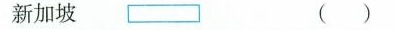
新加坡()